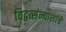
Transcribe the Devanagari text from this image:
विद्वत्संन्याशांचे